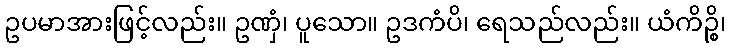
ဥပမာအားဖြင့်လည်း။ ဥဏှံ၊ ပူသော။ ဥဒကံပိ၊ ရေသည်လည်း။ ယံကိဉ္စိ၊